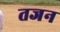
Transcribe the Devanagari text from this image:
तजन